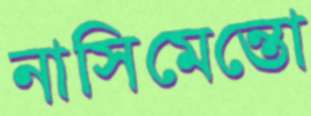
নাসিমেন্তো